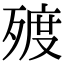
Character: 𣨲